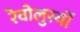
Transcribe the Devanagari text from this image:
रेवोलुस्योँ